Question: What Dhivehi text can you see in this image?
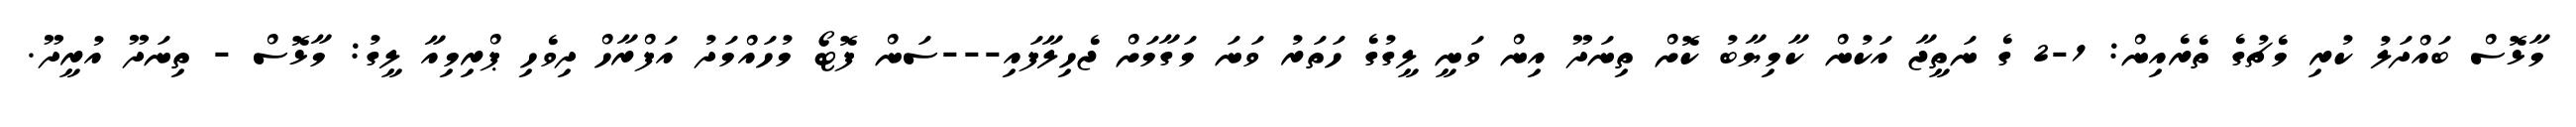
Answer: މާޅޮސް ބައްދަލު ކުރި މެޗުގެ ތެރެއިން: 1-2 ގެ ނަތީޖާ އަކުން ކާމިޔާބު ކޮށް ތިނަދޫ އިން ވަނީ ލީގުގެ ހަތަރު ވަނަ މަގާމަށް ޖެހިލާފައި---ސަން ފޮޓޯ މުހައްމަދު އަފްރާހް ދިވެހި ޕްރިމިއާ ލީގު: މާޅޮސް - ތިނަދޫ އުރީދޫ.